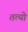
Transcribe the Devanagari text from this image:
तत्यो